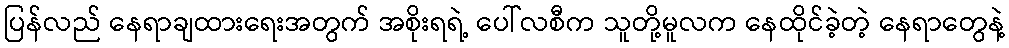
ပြန်လည် နေရာချထားရေးအတွက် အစိုးရရဲ့ ပေါ်လစီက သူတို့မူလက နေထိုင်ခဲ့တဲ့ နေရာတွေနဲ့